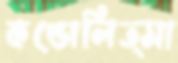
কন্ডোলিত্সা